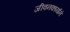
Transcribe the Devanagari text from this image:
जीवनकार्याने